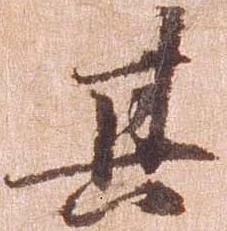
其